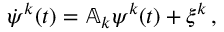
\begin{array} { r } { \dot { { { \psi } } } ^ { k } ( t ) = \mathbb { A } _ { k } { { \psi } } ^ { k } ( t ) + { \xi } ^ { k } \, , } \end{array}